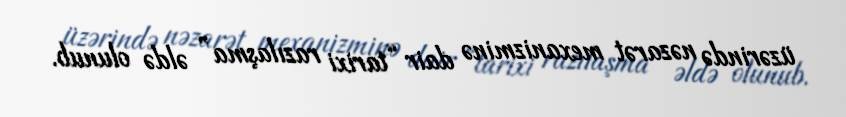
üzərində nəzarət mexanizminə dair “tarixi razılaşma” əldə olunub.